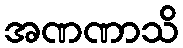
အဏဏာသိ